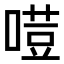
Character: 𠻼